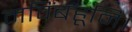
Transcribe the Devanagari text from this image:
मविंबहूनि।